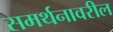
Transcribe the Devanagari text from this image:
समर्थनावरील